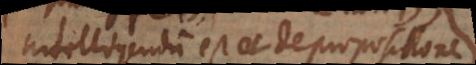
intelligendum est et de propositione